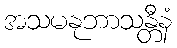
အသမနုဘာသန္တီနံ